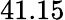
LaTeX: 41.15